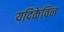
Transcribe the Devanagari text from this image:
यदिकेविन